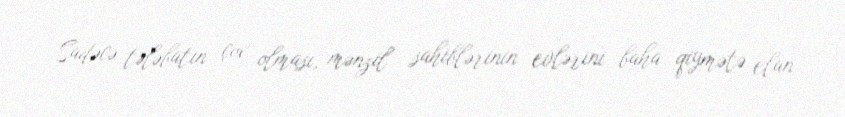
Sadəcə tələbatın çox olması, mənzil sahiblərinin evlərini baha qiymətə elan